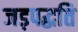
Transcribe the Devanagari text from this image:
जड़पद्धति